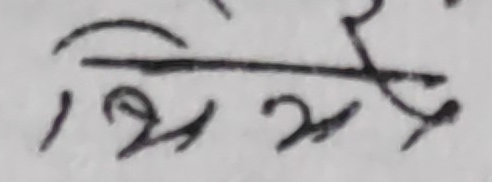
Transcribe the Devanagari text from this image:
भेज्‍ने